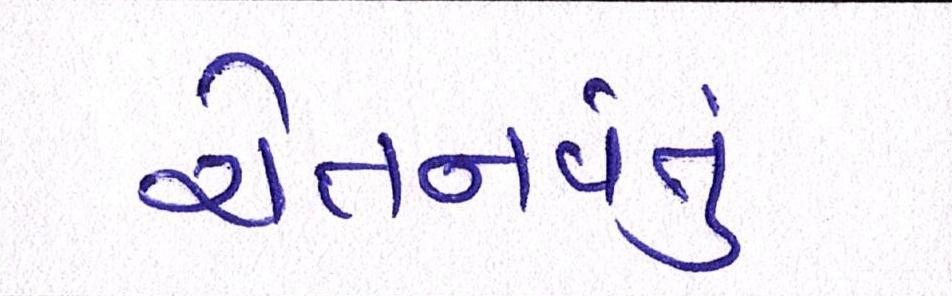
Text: ચેતનવંતું